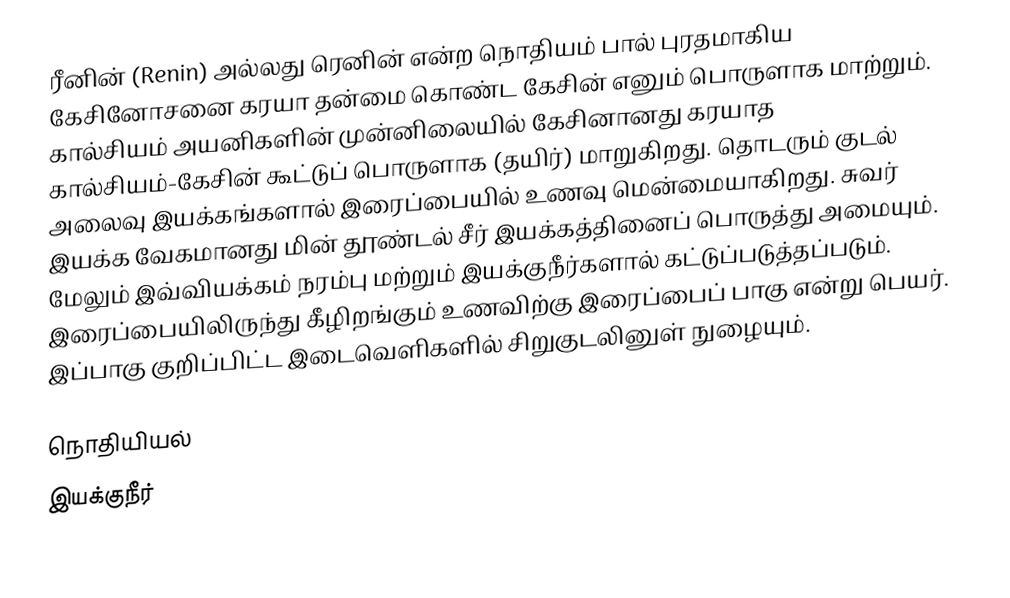
ரீனின் (Renin) அல்லது ரெனின் என்ற நொதியம் பால் புரதமாகிய கேசினோசனை கரயா தன்மை கொண்ட கேசின் எனும் பொருளாக மாற்றும். கால்சியம் அயனிகளின் முன்னிலையில் கேசினானது கரயாத கால்சியம்-கேசின் கூட்டுப் பொருளாக (தயிர்) மாறுகிறது. தொடரும் குடல் அலைவு இயக்கங்களால் இரைப்பையில் உணவு மென்மையாகிறது. சுவர் இயக்க வேகமானது மின் தூண்டல் சீர் இயக்கத்தினைப் பொருத்து அமையும். மேலும் இவ்வியக்கம் நரம்பு மற்றும் இயக்குநீர்களால் கட்டுப்படுத்தப்படும். இரைப்பையிலிருந்து கீழிறங்கும் உணவிற்கு இரைப்பைப் பாகு என்று பெயர். இப்பாகு குறிப்பிட்ட இடைவெளிகளில் சிறுகுடலினுள் நுழையும்.

நொதியியல்
இயக்குநீர்